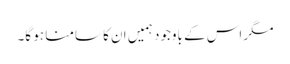
مگر اس کے باوجود ہمیں ان کا سامنا ہو گا۔